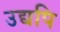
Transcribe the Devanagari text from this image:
उद्यपि